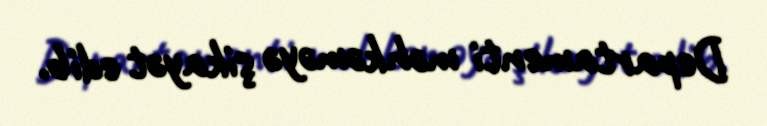
Departamenti məhkəməyə şikayət edib.